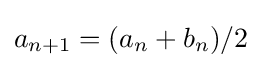
a_{n+1}=(a_{n}+b_{n})/2